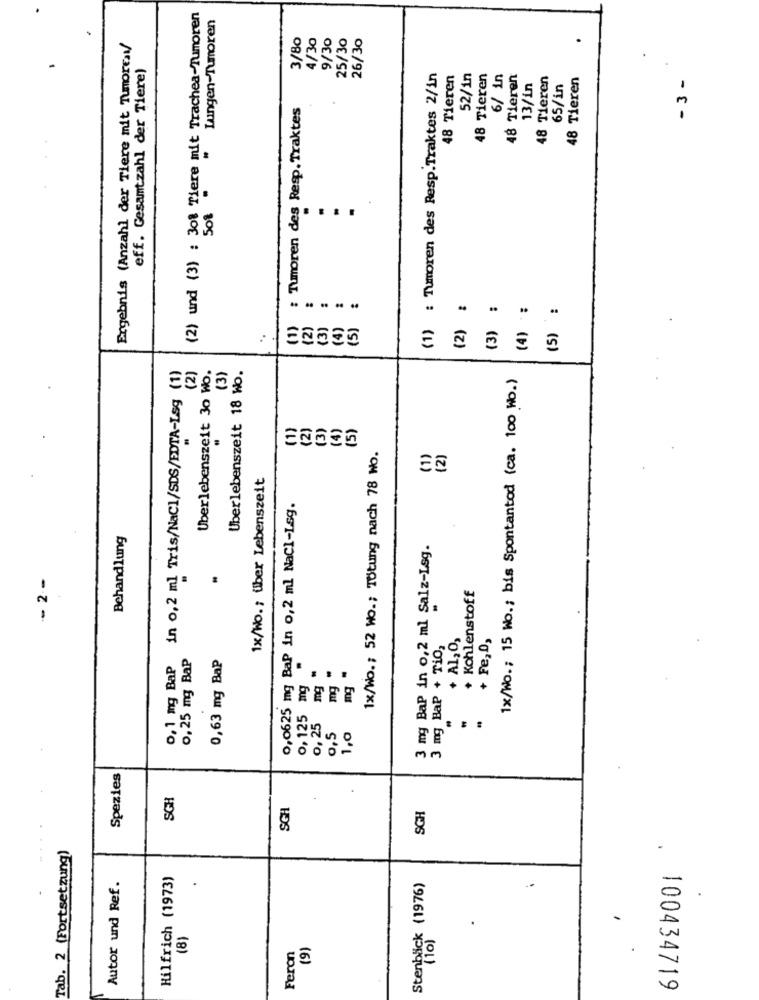
(2) und (3) : 308 Tiere mit Trachea-Tumoren
Lungen-Tumoren
3/80
4/30
9/30
25/30
26/30
Ergebnis (Anzahl der Tiere mit Tumores/
eff. Gesamtzahl der Tiere)
(1) : Tumoren des Resp.Traktes 2/in
48 Tieren
52/in
48 Tieren
6/ in
48 Tieren
48 Tieren
48 Tieren
- 3 -
13/in
65/in
: Tumoren des Resp. Traktes
508
....
) :
(5) :
....
..
(3)
(4)
(5)
(2)
(3)
in 0,2 ml Tris/NaCl/SDS/EDTA-Lag (1)
Uberlebenszeit 30 Wo.
(3)
Uberlebenszeit 18 Wo.
(2)
1x/Wo .; 15 Wo .; bis Spontantod (ca. 100 ho.)
(1)
(2)
(3)
(5)
1x/Wo .; 52 Wo .; Tötung nach 78 Wo.
(1)
(2)
1x/Wo .; über Lebenszeit
0,0625 mg BaP in 0,2 ml NaCl-Lsg.
Behandlung
3 mg Bap in 0,2 ml Salz-Lsg.
-- 2 --
Kohlenstoff
+ Al, O,
+ Fe,0,
3 mg BaP + TiO,
0, 1 mg BaP
0, 25 mg Bap
0,63 mg Bap
mg "
.
0, 125 mg
mg
mg
0, 25
0,5
1,0
Spezies
SGH
SGH
SGH
Tab. 2 (Fortsetzung)
Autor und Ref.
Hilfrich (1973)
.
Stenbäck (1976)
..
(8)
(10)
(9)
Feron
100434719